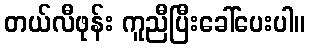
တယ်လီဖုန်း ကူညီပြီးခေါ်ပေးပါ။